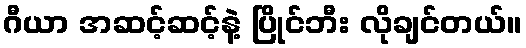
ဂီယာ အဆင့်ဆင့်နဲ့ ပြိုင်ဘီး လိုချင်တယ်။